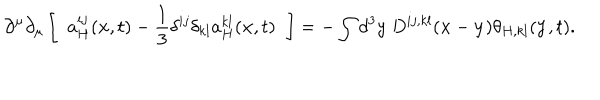
\partial ^ { \mu } \partial _ { \mu } \left[ \; \; a _ { H } ^ { i j } ( { \bf x } , t ) - \frac { 1 } { 3 } \delta ^ { i j } \delta _ { k l } a _ { H } ^ { k l } ( { \bf x } , t ) \; \; \right] = - \int d ^ { 3 } y \; D ^ { i j , k l } ( { \bf x } - { \bf y } ) \theta _ { H , k l } ( { \bf y } , t ) .